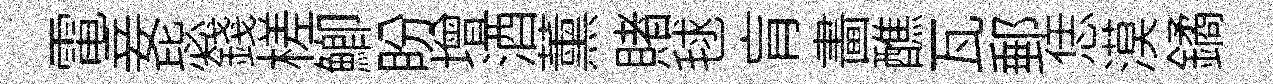
電妾毖錢槎鯽盼增酒薰賭毬肓畵醮瓦郵恁漠鐍